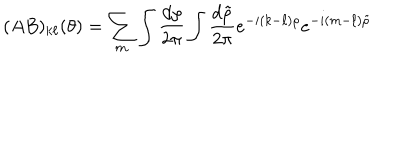
( A B ) _ { k \ell } ( \theta ) = \sum _ { m } \int { \frac { d \rho } { 2 \pi } } \int { \frac { d \tilde { \rho } } { 2 \pi } } e ^ { - i ( k - \ell ) \rho } e ^ { - i ( m - \ell ) \tilde { \rho } }